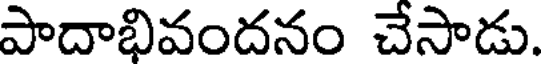
పాదాభివందనం చేసాడు.